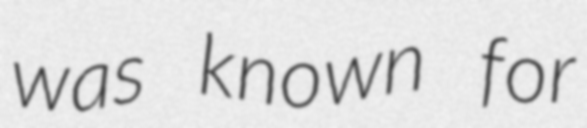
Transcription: was known for